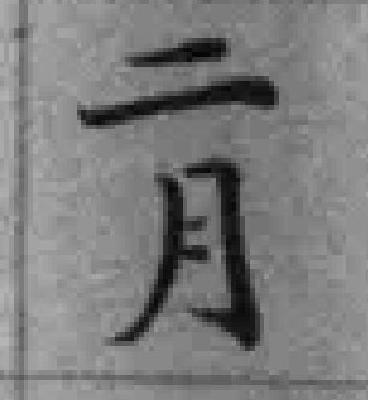
二月